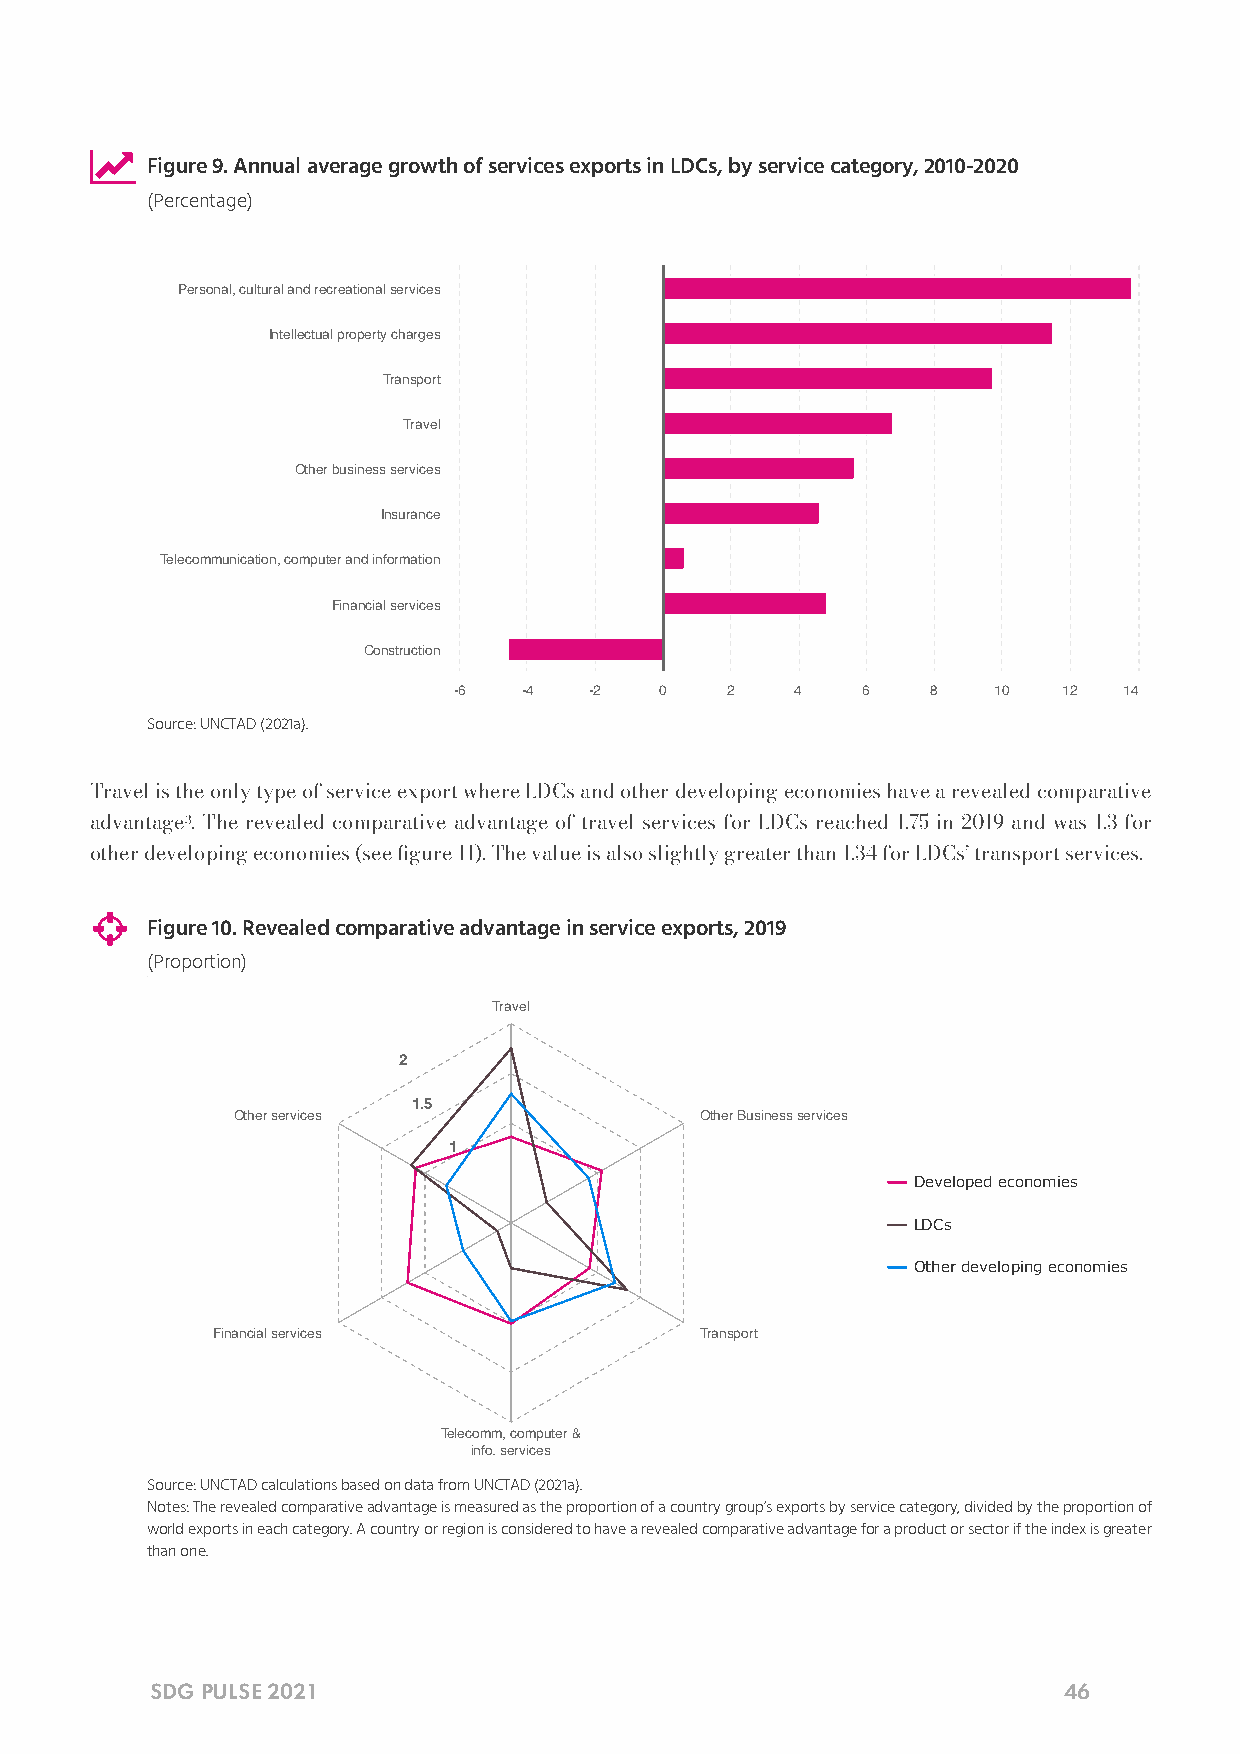

 Figure 9. Annual average growth of services exports in LDCs, by service category, 2010-2020
 (Percentage)
 Personal, cultural and recreational services
 Intellectual property charges
 Transport
 Travel
 Other business services
 Insurance
 Telecommunication, computer and information
 Financial services
 Construction
 -6   -4  -2   0   2    4   6    8   10  12  14
 Source: UNCTAD (2021a).
 Travel is the only type of service export where LDCs and other developing economies have a revealed comparative
 advantage3. The revealed comparative advantage of travel services for LDCs reached 1.75 in 2019 and was 1.3 for
 other developing economies (see gure 11). The value is also slightly greater than 1.34 for LDCs’ transport services.
 
 Figure 10. Revealed comparative advantage in service exports, 2019
 (Proportion)
 Travel
 2
 1.5
 Other services                 Other Business services
 1
 Developed economies
 LDCs
 Other developing economies
 Financial services              Transport
 Telecomm, computer &
 info. services
 Source: UNCTAD calculations based on data from UNCTAD (2021a).
 Notes: The revealed comparative advantage is measured as the proportion of a country group’s exports by service category, divided by the proportion of
 world exports in each category. A country or region is considered to have a revealed comparative advantage for a product or sector if the index is greater
 than one.
 SDG PULSE 2021                                              46